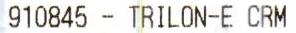
910845 - TRILON-E CRM